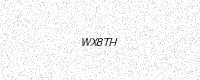
Text: WX8TH